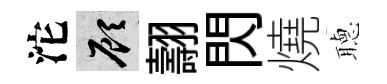
沱顧翿閃燒𦗟